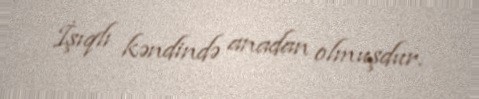
İşıqlı kəndində anadan olmuşdur.